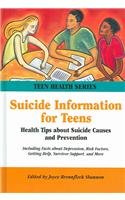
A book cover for Suicide Information for Teens: Health Tips about Suicide Causes and Prevention, Including Facts about Depression, Hopelessness, Risk Factors, Getting H (Teen Health Series); Ed. Shannon; Teen & Young Adult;